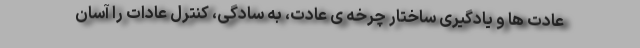
عادت ها و یادگیری ساختار چرخه ی عادت، به سادگی، کنترل عادات را آسان